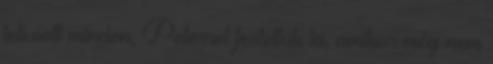
teli volt minden, Peterrel festettük ki, amikor még nem